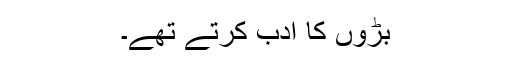
بڑوں کا ادب کرتے تھے۔